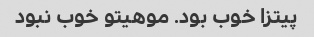
پیتزا خوب بود. موهیتو خوب نبود